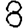
Digit: 8